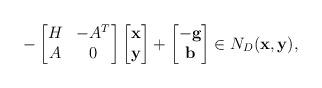
LaTeX: \begin{align*} - \begin{bmatrix}H & -A^T \\A & 0\end{bmatrix}\begin{bmatrix}\mathbf{x}\\\mathbf{y}\end{bmatrix} +\begin{bmatrix}-\mathbf{g} \\\mathbf{b}\end{bmatrix} \in N_D(\mathbf{x},\mathbf{y}),\end{align*}